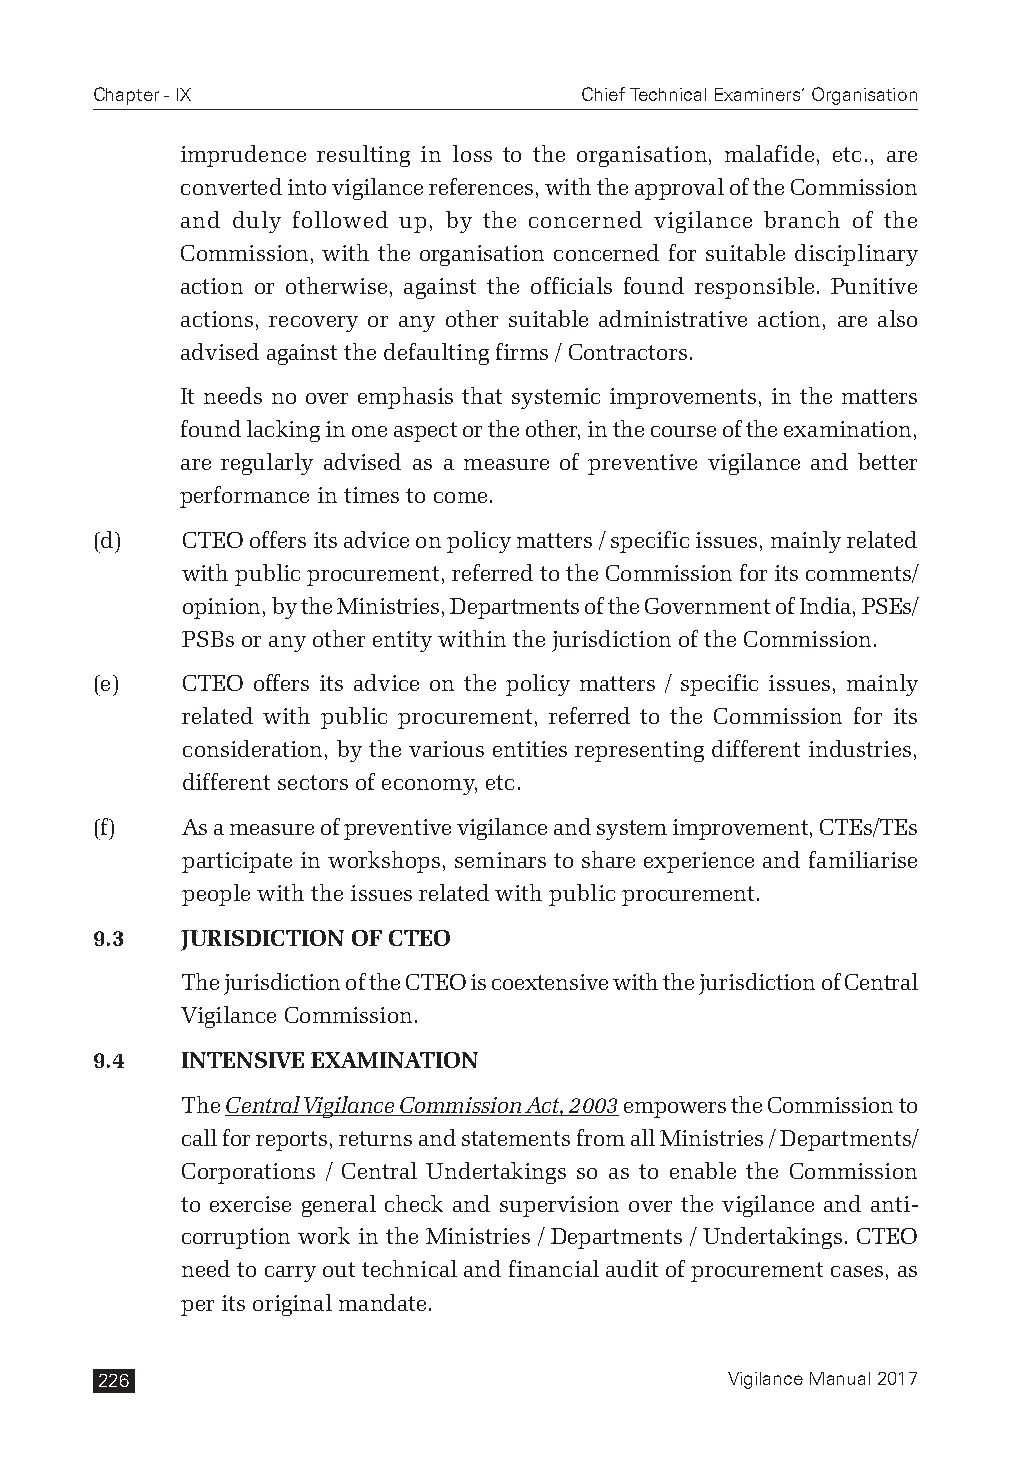
Chapter - IX                    Chief Technical Examiners’ Organisation
 imprudence resulting in loss to the organisation, malafide, etc., are
 converted into vigilance references, with the approval of the Commission
 and duly followed up, by the concerned vigilance branch of the
 Commission, with the organisation concerned for suitable disciplinary
 action or otherwise, against the officials found responsible. Punitive
 actions, recovery or any other suitable administrative action, are also
 advised against the defaulting firms / Contractors.
 It needs no over emphasis that systemic improvements, in the matters
 found lacking in one aspect or the other, in the course of the examination,
 are regularly advised as a measure of preventive vigilance and better
 performance in times to come.
 (d)   CTEO offers its advice on policy matters / specific issues, mainly related
 with public procurement, referred to the Commission for its comments/
 opinion, by the Ministries, Departments of the Government of India, PSEs/
 PSBs or any other entity within the jurisdiction of the Commission.
 (e)   CTEO offers its advice on the policy matters / specific issues, mainly
 related with public procurement, referred to the Commission for its
 consideration, by the various entities representing different industries,
 different sectors of economy, etc.
 (f)   As a measure of preventive vigilance and system improvement, CTEs/TEs
 participate in workshops, seminars to share experience and familiarise
 people with the issues related with public procurement.
 9.3   JURISDICTION OF CTEO
 The jurisdiction of the CTEO is coextensive with the jurisdiction of Central
 Vigilance Commission.
 9.4   INTENSIVE EXAMINATION
 The Central Vigilance Commission Act, 2003 empowers the Commission to
 call for reports, returns and statements from all Ministries / Departments/
 Corporations / Central Undertakings so as to enable the Commission
 to exercise general check and supervision over the vigilance and anti-
 corruption work in the Ministries / Departments / Undertakings. CTEO
 need to carry out technical and financial audit of procurement cases, as
 per its original mandate.
 226                                       Vigilance Manual 2017